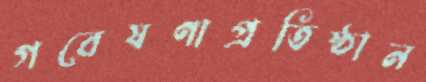
গবেষণাপ্রতিষ্ঠান